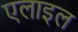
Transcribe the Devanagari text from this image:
एलाइल